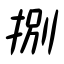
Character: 捌